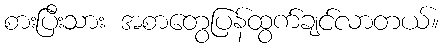
စားပြီးသား အစာတွေပြန်ထွက်ချင်လာတယ်။